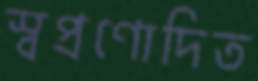
স্বপ্রণোদিত